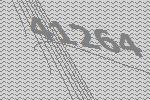
41264